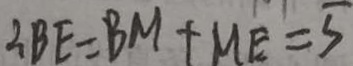
\therefore B E = B M + M E = 5